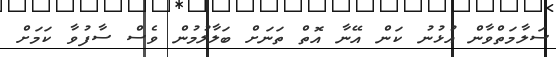
ސަލާމަތްވާން އުޅުނު ކަން އޭނާ އޮތް ތަނަށް ބަލާލުމުން ވެސް ސާފުވާ ކަމަށް